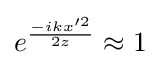
e^{\frac {-ikx^{\prime 2}}{2z}}\approx 1